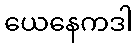
ယေနေကဒါ